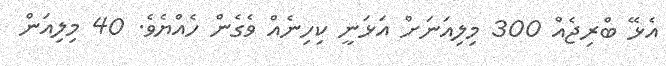
އެޅޭ ބްރިޖެއް 300 މިލިއަނަށް އަޅަނީ ކިހިނެއް ވެގެން ހެއްޔެވެ. 40 މިލިއަން